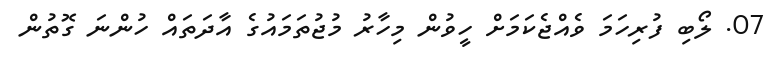
07. ލޯބި ފުރިހަމަ ވެއްޖެކަމަށް ހީވުން މިހާރު މުޖުތަމައުގެ އާދަތައް ހުންނަ ގޮތުން